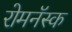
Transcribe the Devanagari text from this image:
रोमनॅस्क